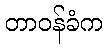
တာဝန်ခံက